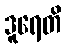
ဒူရေတိ